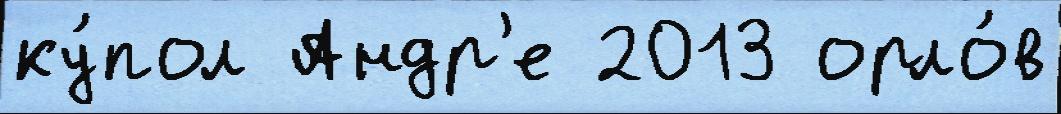
ку́пол Андр'е 2013 орло́в